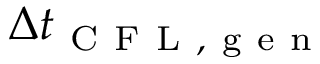
\Delta t _ { \mathrm { ~ C ~ F ~ L ~ , ~ g ~ e ~ n ~ } }